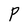
Character: P